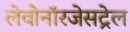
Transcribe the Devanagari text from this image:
लेवोनॉरजेसट्रेल